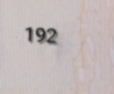
192